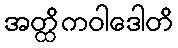
အတ္ထိကဝါဒေါတိ